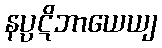
နပ္ပဋိဘာယေယျ